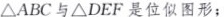
ΔABC与ΔDEF是位似图